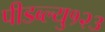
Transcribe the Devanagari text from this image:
पीडब्ल्यु१२३